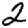
Digit: 2